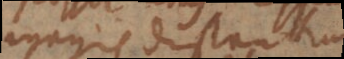
magis distantium